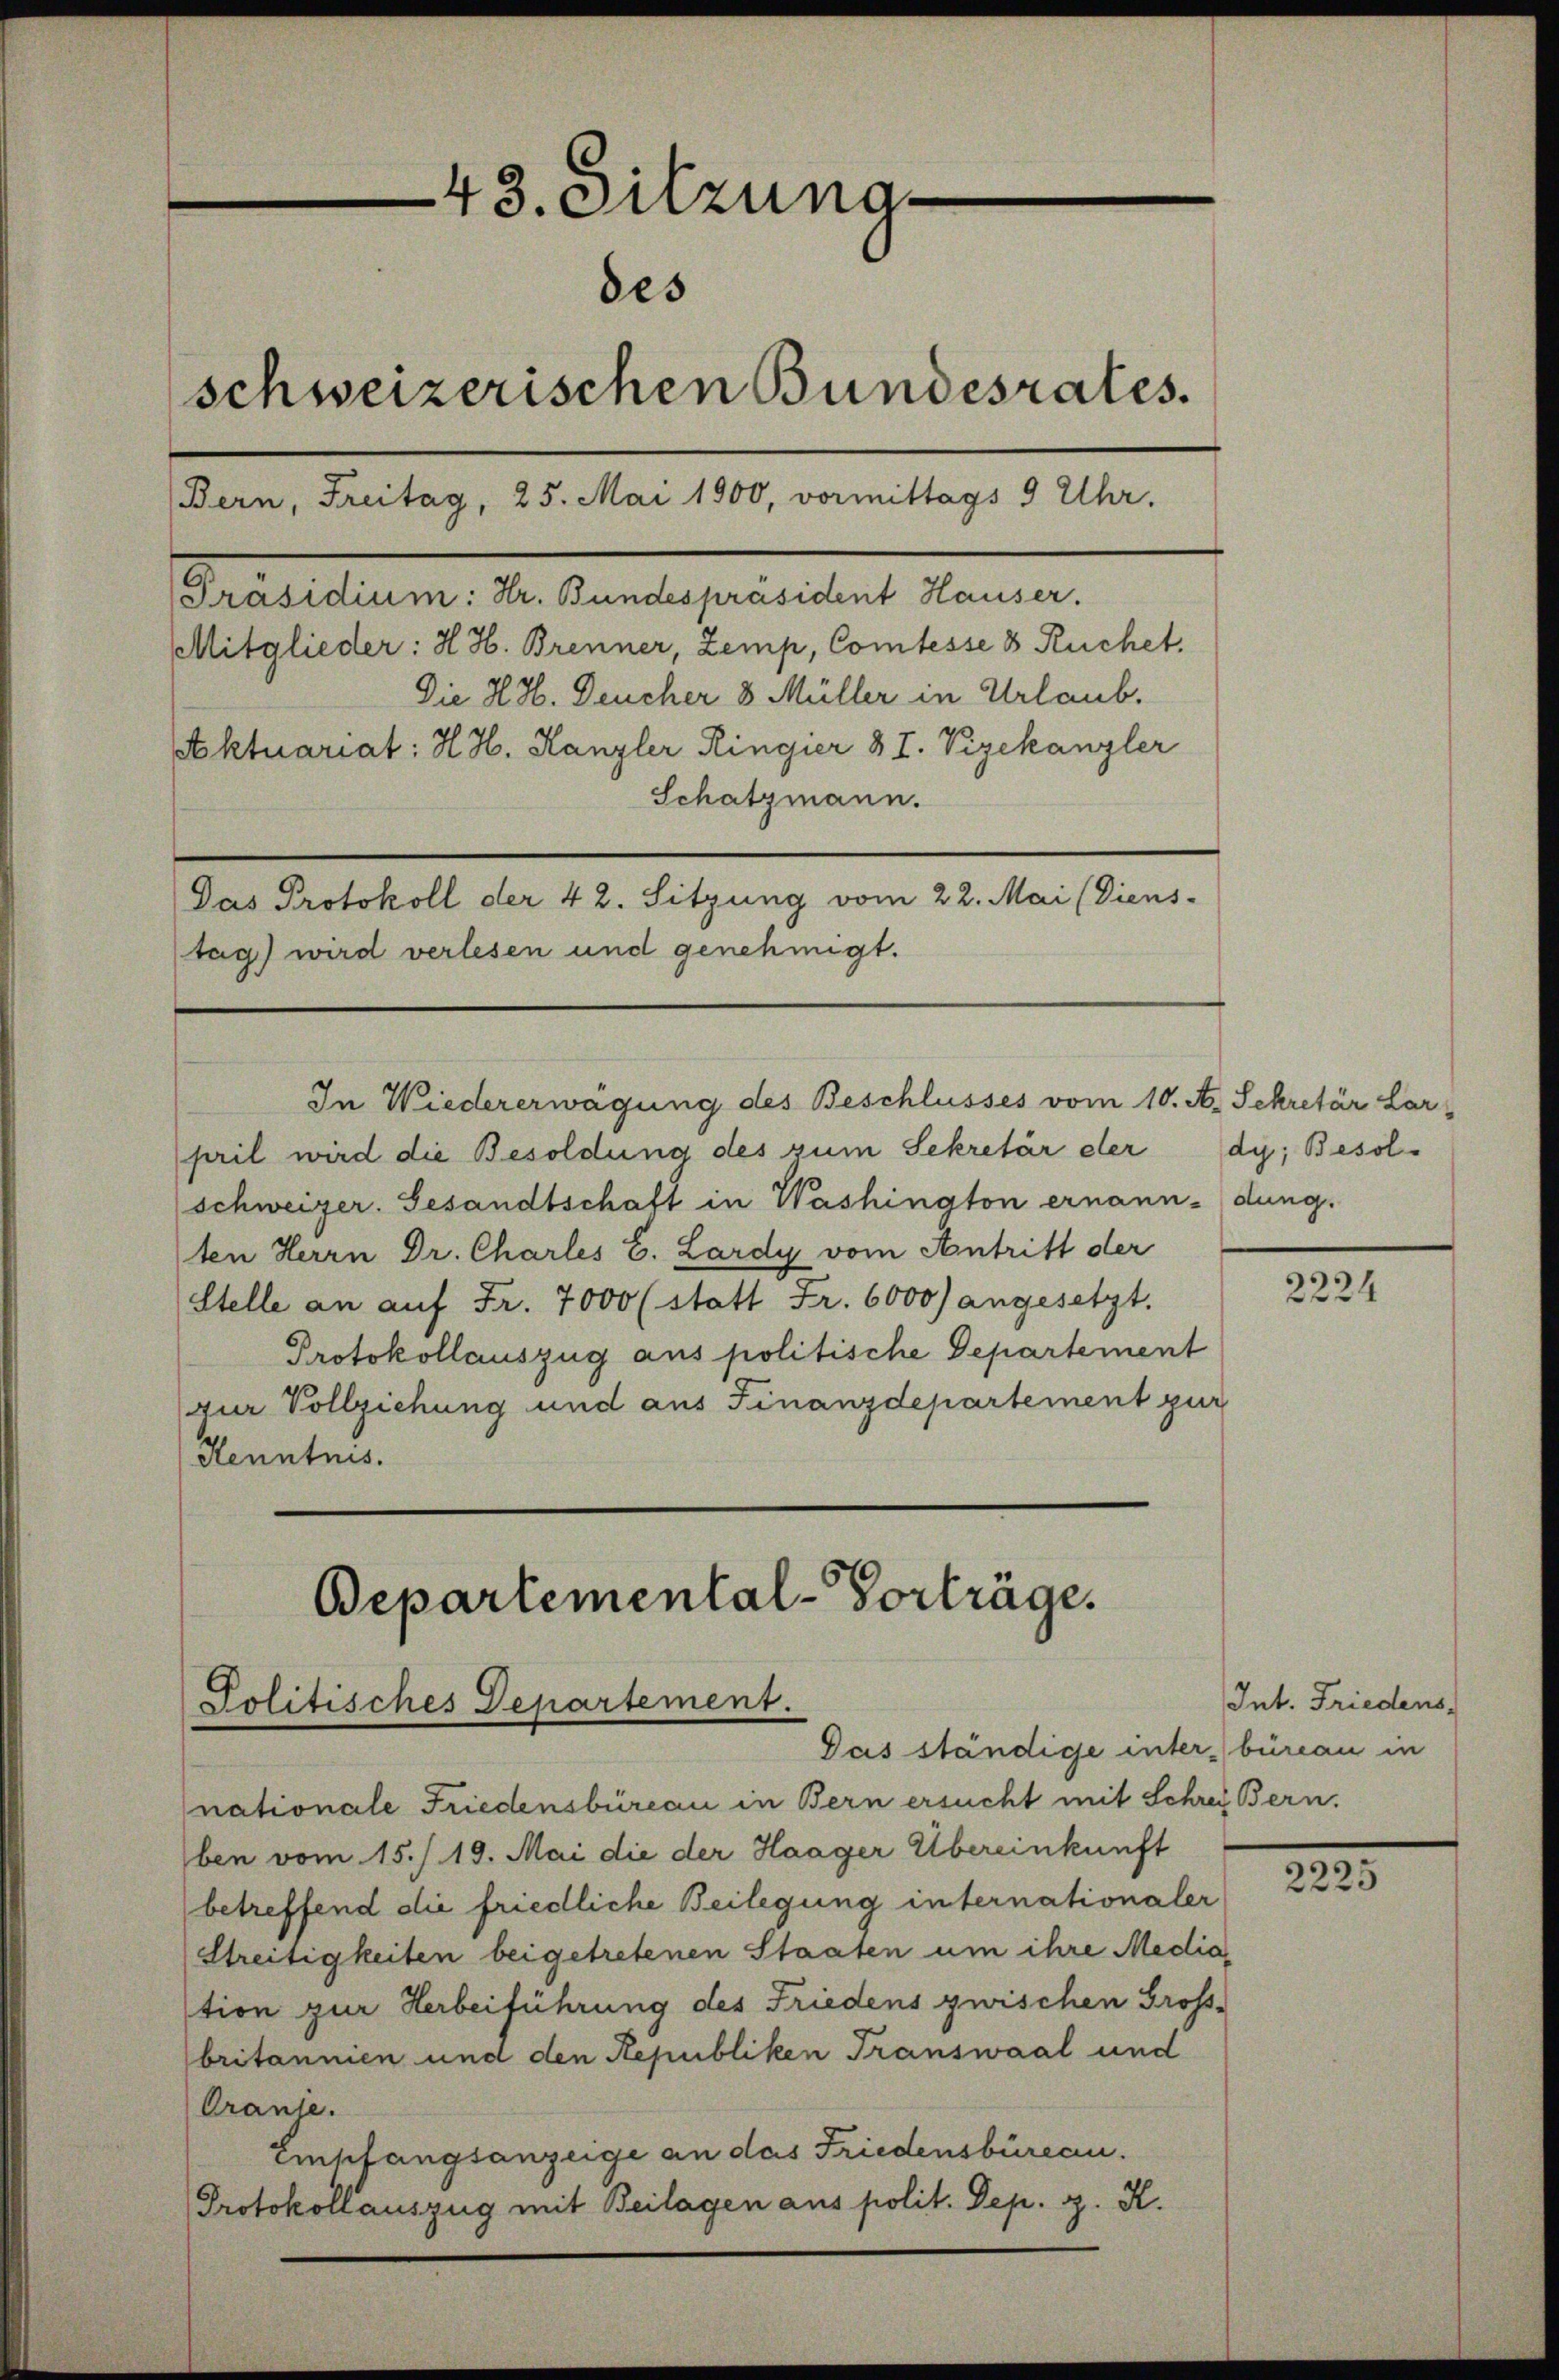
43. Sitzuna
des
schweizerischen Bundesrates.
(Bern, Freitag, 25. Mai 1900, vormittags 9 Uhr.
Präsidium: Hr. Bundespräsident Hauser.
MMitglieder: H. H. Brenner, Zemp, Comtesse 3 Ruchet.
Die H. H. Deucher 8 Müller in Urlaub.

ktuariat: H. H. Kanzler Ringier 3 I. Vizekanzler
Schatzmann.
Das Protokoll der 42. Sitzung vom 22. Mai (Diens-
tag) wird verlesen und genehmigt.

pril wird die Besoldung des zum Sekretär der dy, Besol¬
(schweizer. Gesandtschaft in Washington ernann-dung.
ten Herrn Dr. Charles C. Lardy vom Antritt der
Stelle an auf Fr. 7000 (statt Fr. 6000) angesetzt.
Protokollauszug aus politische Departement
zur Vollziehung und aus Finanzdepartement zur
Kenntnis.

In Wiedererwägung des Beschlusses vom 10. A. Sekretär Lor¬

Bepartemental-Vorträge.
Politisches Departement.
Gas ständige unter büreau in

nationale Friedensbüreau in Bern ersucht mit Schrei Bern.
ben vom 15./19. Mai die der Haager Übereinkunft
betreffend die friedliche Beilegung internationaler
Streitigkeiten beigetretenen Staaten um ihre Mediation zur Herbeiführung des Friedens zwischen Gross-
britannien und den Republiken Transwaal und
Cranse.
Empfangsanzeige an das Friedensbüreau.
Protokollauszug mit Beilagen aus polit. Dep. g. K.

2224

Int. Friedens

1
2225